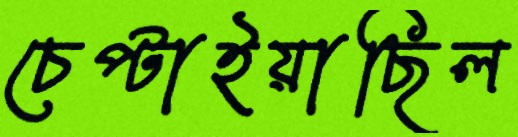
চেপ্‌টাইয়াছিল